Annual report of the Punjab Veterinary College and of the Civil Veterinary Department, Punjab - 1920-1925
Year: 1920
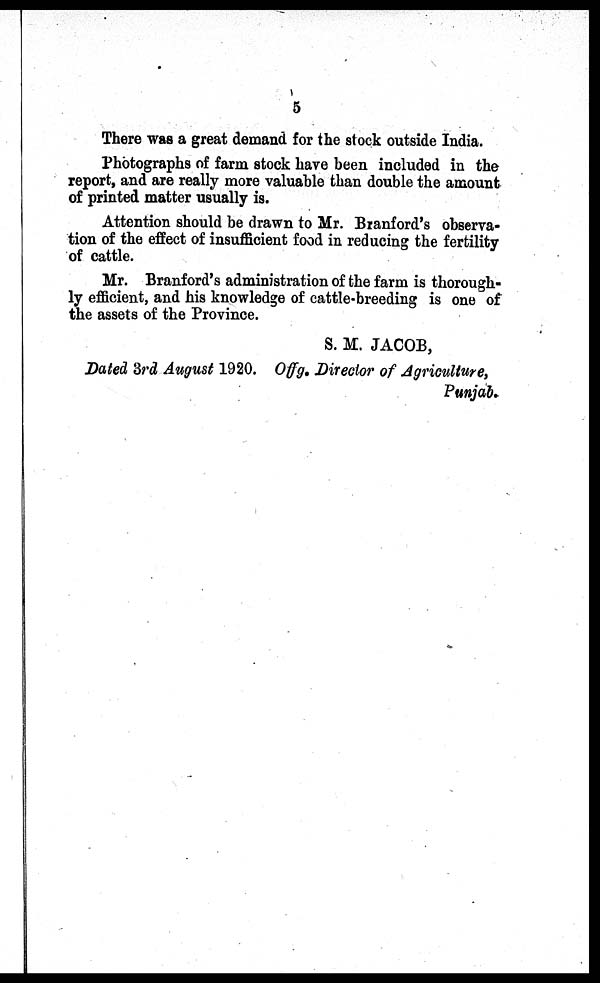
5
There was a great demand for the stock outside India.
Photographs of farm stock have been included in the
report, and are really more valuable than double the amount
of printed matter usually is.
Attention should be drawn to Mr. Branford's observa-
tion of the effect of insufficient food in reducing the fertility
of cattle.
Mr. Branford's administration of the farm is thorough-
ly efficient, and his knowledge of cattle-breeding is one of
the assets of the Province.
S. M. JACOB,
Dated 3rd August 1920. Offg. Director of Agriculture,
Punjab.